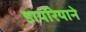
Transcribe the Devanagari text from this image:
डायरियाने